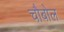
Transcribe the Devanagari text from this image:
चौबोल